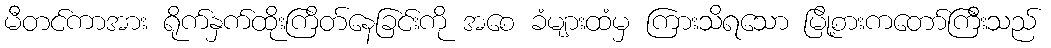
မီတင်ကာအား ရိုက်နှက်ထိုးကြိတ်နေခြင်းကို အစေ ခံများထံမှ ကြားသိရသော မြို့စားကတော်ကြီးသည်